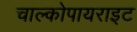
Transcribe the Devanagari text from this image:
चाल्कोपायराइट